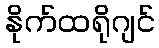
နိုက်ထရိုဂျင်